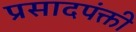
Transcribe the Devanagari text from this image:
प्रसादपंक्ती